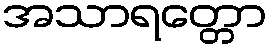
အသာရတ္တော